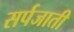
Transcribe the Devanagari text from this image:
सर्पजाती